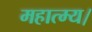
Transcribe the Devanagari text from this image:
महात्म्य।